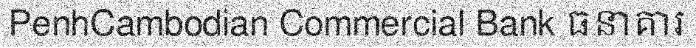
PenhCambodian Commercial Bank ធនាគារ